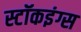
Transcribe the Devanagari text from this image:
स्टॉकइंग्स